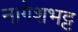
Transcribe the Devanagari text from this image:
नागेशभट्ट